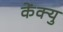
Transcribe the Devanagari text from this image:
केंक्यु